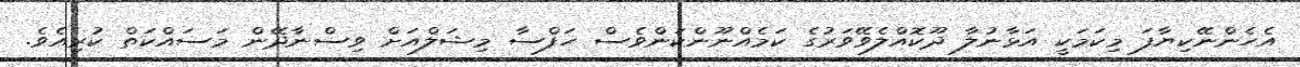
އެހެންނޭކިޔާފަ މިކަމަކީ އަޅާނުލާ ދޫކޮއްލެވޭވަރުގެ ކަމެއްނޫންކަންވެސް ހަފްސާ މިޝަލްއަށް ވިސްނާދޭން މަސައްކަތް ކުރިއެވެ.